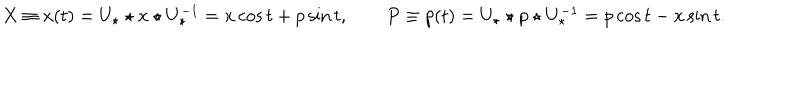
X \equiv x ( t ) = U _ { \star } \star x \star U _ { \star } ^ { - 1 } = x \cos t + p \sin t , \qquad P \equiv p ( t ) = U _ { \star } \star p \star U _ { \star } ^ { - 1 } = p \cos t - x \sin t .